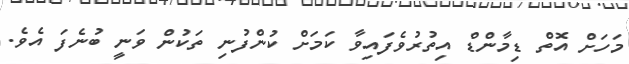
މަހަށް އޮތް ޑިމާންޑް އިތުރުވެފައިވާ ކަމަށް ކުންފުނި ތަކުން ވަނީ ބުނެފަ އެވެ.